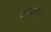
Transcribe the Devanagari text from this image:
खग्राम